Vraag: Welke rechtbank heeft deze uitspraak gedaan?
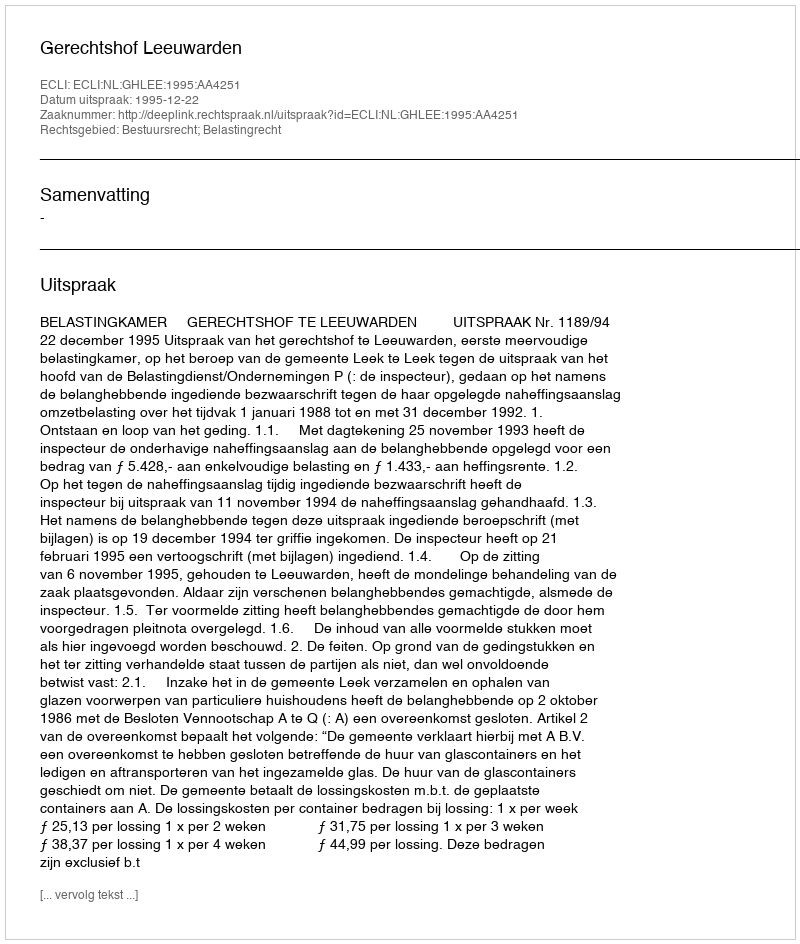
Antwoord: Gerechtshof Leeuwarden